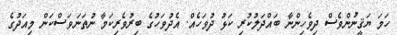
ހަމަ ޔަޤީނުންވެސް ދިވެހިންނާ ބައްދަލުކުރި ކަޅު ދުވަހެއް. އެދުވަހުގެ ބިރުވެރިކަމާ ނުތަނަވަސްކަން މިއަދުގެ